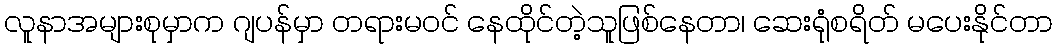
လူနာအများစုမှာက ဂျပန်မှာ တရားမဝင် နေထိုင်တဲ့သူဖြစ်နေတာ၊ ဆေးရုံစရိတ် မပေးနိုင်တာ